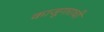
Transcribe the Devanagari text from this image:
काजूगराची